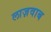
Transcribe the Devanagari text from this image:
लाज़वाब